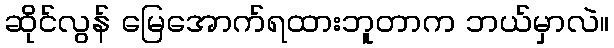
ဆိုင်လွန် မြေအောက်ရထားဘူတာက ဘယ်မှာလဲ။